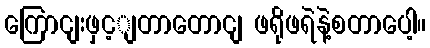
ကြောငျးဖှင့ျတာတောငျ ဖရိုဖရဲနဲ့စတာပေါ့။